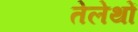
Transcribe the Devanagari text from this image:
तेलेथों